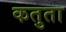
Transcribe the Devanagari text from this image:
कतुता